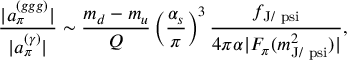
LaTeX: \frac { | a _ { \pi } ^ { ( g g g ) } | } { | a _ { \pi } ^ { ( \gamma ) } | } \sim { \frac { m _ { d } - m _ { u } } { Q } } \left( { \frac { \alpha _ { s } } { \pi } } \right) ^ { 3 } \frac { f _ { \mathrm { J / \ p s i } } } { 4 \pi \alpha | F _ { \pi } ( m _ { \mathrm { J / \ p s i } } ^ { 2 } ) | } ,